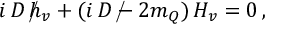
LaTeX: i \, \rlap { \, / } D \, h _ { v } + ( i \, \rlap { \, / } D - 2 m _ { Q } ) \, H _ { v } = 0 \, ,